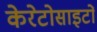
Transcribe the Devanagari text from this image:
केरेटोसाइटों